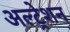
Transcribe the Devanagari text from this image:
अल्ट्रेशन